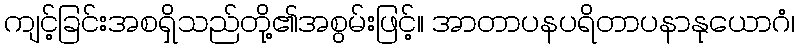
ကျင့်ခြင်းအစရှိသည်တို့၏အစွမ်းဖြင့်။ အာတာပနပရိတာပနာနုယောဂံ၊